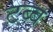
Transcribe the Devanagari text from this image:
टब्ब